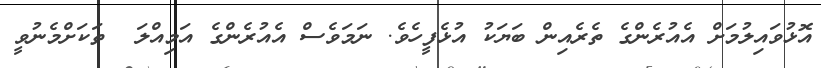
އޮޅުވައިލުމަށް އެއުރެންގެ ތެރެއިން ބަޔަކު އުޅެފީހެވެ. ނަމަވެސް އެއުރެންގެ އަމިއްލަ  ތަކަށްމެނުވީ